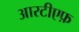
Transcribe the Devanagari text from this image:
आरटीएफ़